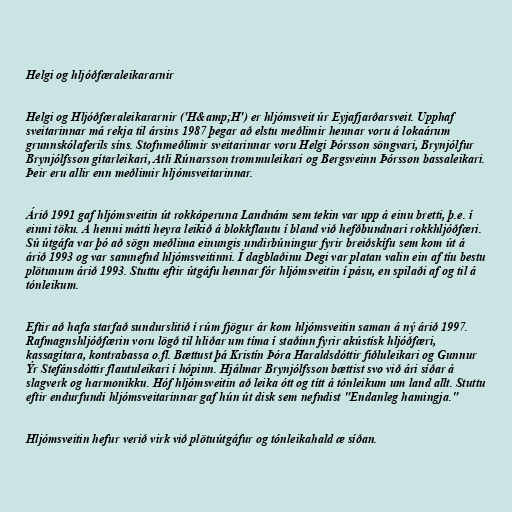
Helgi og hljóðfæraleikararnir

Helgi og Hljóðfæraleikararnir ('H&amp;H') er hljómsveit úr Eyjafjarðarsveit. Upphaf
sveitarinnar má rekja til ársins 1987 þegar að elstu meðlimir hennar voru á lokaárum
grunnskólaferils síns. Stofnmeðlimir sveitarinnar voru Helgi Þórsson söngvari, Brynjólfur
Brynjólfsson gítarleikari, Atli Rúnarsson trommuleikari og Bergsveinn Þórsson bassaleikari.
Þeir eru allir enn meðlimir hljómsveitarinnar.

Árið 1991 gaf hljómsveitin út rokkóperuna Landnám sem tekin var upp á einu bretti, þ.e. í
einni töku. Á henni mátti heyra leikið á blokkflautu í bland við hefðbundnari rokkhljóðfæri.
Sú útgáfa var þó að sögn meðlima einungis undirbúningur fyrir breiðskífu sem kom út á
árið 1993 og var samnefnd hljómsveitinni. Í dagblaðinu Degi var platan valin ein af tíu bestu
plötunum árið 1993. Stuttu eftir útgáfu hennar fór hljómsveitin í pásu, en spilaði af og til á
tónleikum.

Eftir að hafa starfað sundurslitið í rúm fjögur ár kom hljómsveitin saman á ný árið 1997.
Rafmagnshljóðfærin voru lögð til hliðar um tíma í staðinn fyrir akústísk hljóðfæri,
kassagítara, kontrabassa o.fl. Bættust þá Kristín Þóra Haraldsdóttir fiðluleikari og Gunnur
Ýr Stefánsdóttir flautuleikari í hópinn. Hjálmar Brynjólfsson bættist svo við ári síðar á
slagverk og harmonikku. Hóf hljómsveitin að leika ótt og títt á tónleikum um land allt. Stuttu
eftir endurfundi hljómsveitarinnar gaf hún út disk sem nefndist "Endanleg hamingja."

Hljómsveitin hefur verið virk við plötuútgáfur og tónleikahald æ síðan.